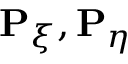
\mathbf { P } _ { \xi } , \mathbf { P } _ { \eta }